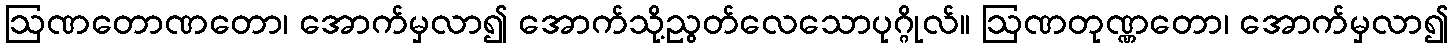
ဩဏတောဏတော၊ အောက်မှလာ၍ အောက်သို့ညွတ်လေသောပုဂ္ဂိုလ်။ ဩဏတုဏ္ဏတော၊ အောက်မှလာ၍